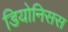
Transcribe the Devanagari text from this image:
डियोनिसस